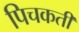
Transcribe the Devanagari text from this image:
पिचकती